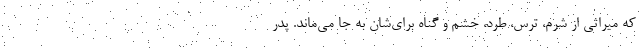
که میراثی از شرم، ترس، طرد، خشم و گناه برای‌شان به جا می‌ماند. پدر